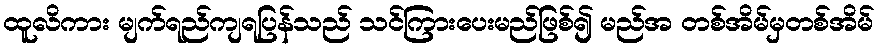
ထူလိကား မျက်ရည်ကျရပြန်သည် သင်ကြားပေးမည်ဖြစ်၍ မည်အ တစ်အိမ်မှတစ်အိမ်